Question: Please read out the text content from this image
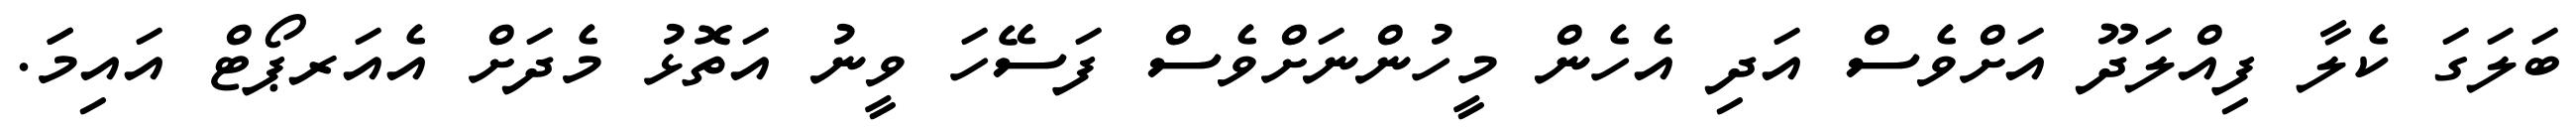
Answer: ބަލަގަ ކެލާ ފިއްލަދޫ އަށްވެސް އަދި އެހެން މީހުންނަށްވެސް ފަސޭހަ ވީނު އަތޮޅު މެދަށް އެއަރޕޯޓް އައިމަަ.